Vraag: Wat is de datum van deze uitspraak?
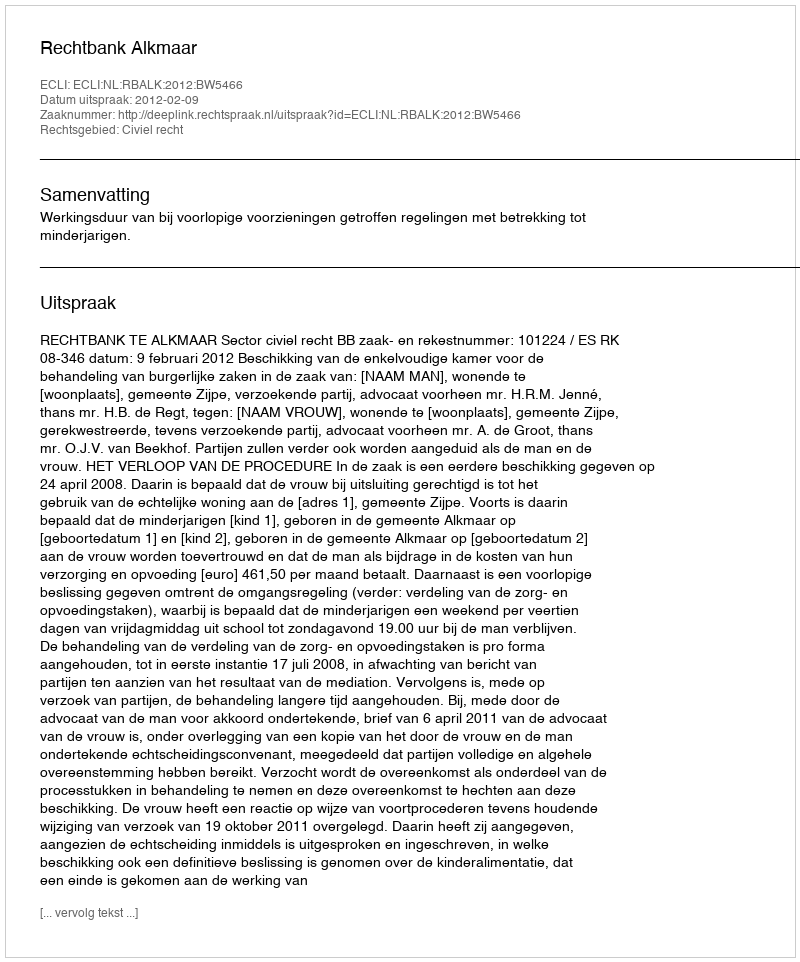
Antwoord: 2012-02-09